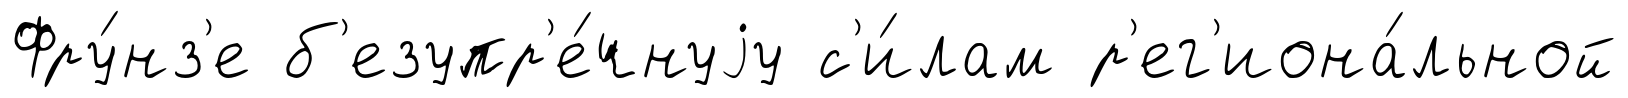
Фру́нз'е б'езупр'е́чнуjу с'и́лам р'ег'иона́льной